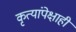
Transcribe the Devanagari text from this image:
कृत्यांपेक्षाही